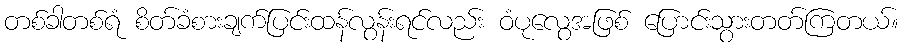
တစ်ခါတစ်ရံ စိတ်ခံစားချက်ပြင်းထန်လွန်းရင်လည်း ဝံပုလွေအဖြစ် ပြောင်းသွားတတ်ကြတယ်။